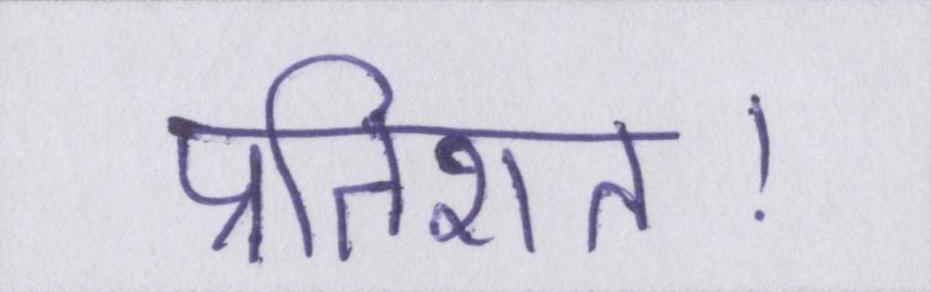
प्रतिशत।